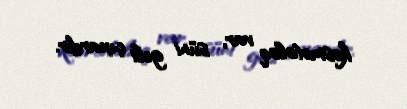
kosmetoloq var, süni geli çıxardır.